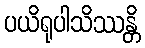
ပယိရုပါသိဿန္တိ